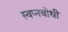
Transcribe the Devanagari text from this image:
स्वप्नबोधी